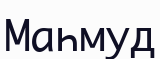
Маһмуд